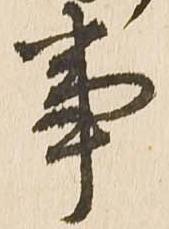
事